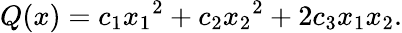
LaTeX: Q(x)=c_{1}{x_{1}}^{2}+c_{2}{x_{2}}^{2}+2c_{3}x_{1}x_{2}.